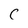
Character: c